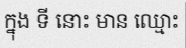
ក្នុង ទី នោះ មាន ឈ្មោះ